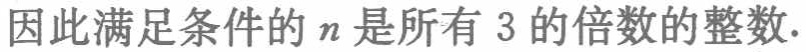
因此满足条件的 \(n\) 是所有 \(3\) 的倍数的整数.